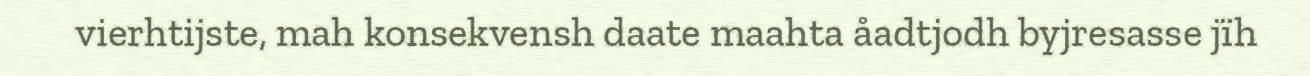
vierhtijste, mah konsekvensh daate maahta åadtjodh byjresasse jïh